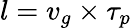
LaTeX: l=v_{g}\times\tau_{p}